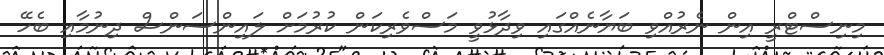
މިނިސްޓްރީ އިން ނެރުއްވި ބަޔާނެއްގައި ވިދާޅުވީ މަސްވެރިކަން ކުރުމަށް ލައިންސަންސް ދިނުމާއި ބެހޭ